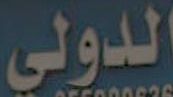
الدولي